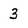
Character: 3